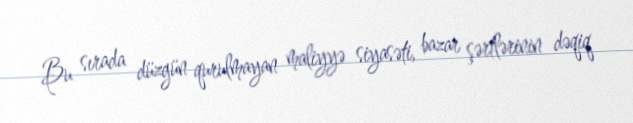
Bu sırada düzgün qurulmayan maliyyə siyasəti, bazar şərtlərinin dəqiq